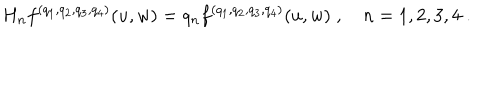
H _ { n } f ^ { ( q _ { 1 } , q _ { 2 } , q _ { 3 } , q _ { 4 } ) } ( u , w ) = q _ { n } f ^ { ( q _ { 1 } , q _ { 2 } , q _ { 3 } , q _ { 4 } ) } ( u , w ) \; , \quad n = 1 , 2 , 3 , 4 \; .